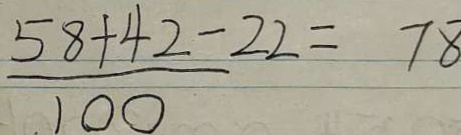
\frac { 5 8 + 4 2 - 2 2 } { 1 0 0 } = 7 8